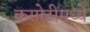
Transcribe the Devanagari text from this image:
कसोटींमध्ये